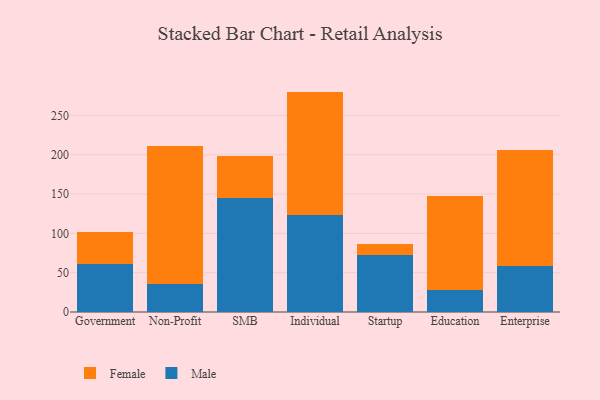
{"axis": {"x": "Segment", "y": "Energy Usage (MWh)"}, "legend": ["Female", "Male"], "data": [{"x": "Government", "y": 61.4, "type": "Male"}, {"x": "Government", "y": 40.0, "type": "Female"}, {"x": "Non-Profit", "y": 35.3, "type": "Male"}, {"x": "Non-Profit", "y": 176.0, "type": "Female"}, {"x": "SMB", "y": 145.0, "type": "Male"}, {"x": "SMB", "y": 53.5, "type": "Female"}, {"x": "Individual", "y": 123.2, "type": "Male"}, {"x": "Individual", "y": 157.1, "type": "Female"}, {"x": "Startup", "y": 72.5, "type": "Male"}, {"x": "Startup", "y": 13.6, "type": "Female"}, {"x": "Education", "y": 28.5, "type": "Male"}, {"x": "Education", "y": 118.7, "type": "Female"}, {"x": "Enterprise", "y": 57.9, "type": "Male"}, {"x": "Enterprise", "y": 148.2, "type": "Female"}]}